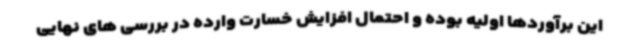
این برآوردها اولیه بوده و احتمال افزایش خسارت وارده در بررسی های نهایی